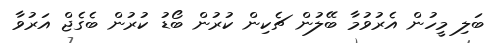
ބަލި މީހުން އެރުވުމާ ބޭލުން ޗެކިން ކުރުން ބޯޑު ކުރުން ބެގެޖް އަރުވާ